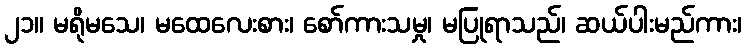
၂၁။ မရိုမသေ၊ မထေလေးစား၊ စော်ကားသမှု၊ မပြုရာသည်၊ ဆယ်ပါးမည်ကား၊